Leaving Certificate Examination, 1915
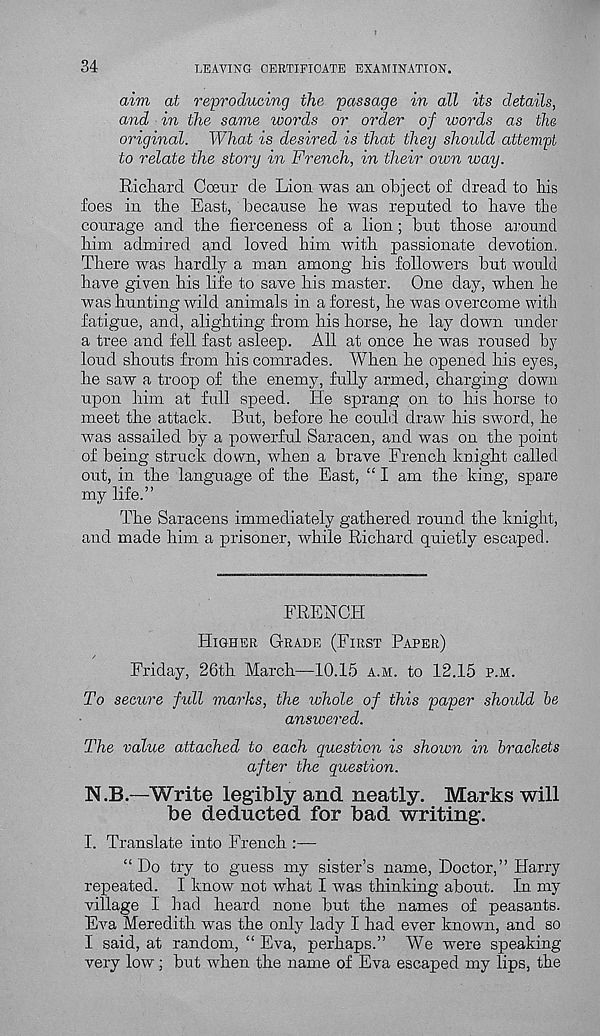
34
LEAVING CERTIFICATE EXAMINATION.
aim at reproducing the passage in all its details,
and in the same words or order of words as the
original. What is desired is that they should attempt
to relate the story in French, in their own way.
Richard Coenr de Lion was an object of dread to his
foes in the East, because he was reputed to have the
courage and the fierceness of a lion; but those around
him admired and loved him with passionate devotion.
There was hardly a man among his followers but would
have given his life to save his master. One day, when he
was hunting wild animals in a forest, he was overcome with
fatigue, and, alighting from his horse, he lay down under
a tree and fell fast asleep. All at once he was roused bj 7
loud shouts from his comrades. When he opened his eyes,
he saw a troop of the enemy, fully armed, charging down
upon him at full speed. He sprang on to his horse to
meet the attack. But, before he could draw his sword, he
was assailed by a powerful Saracen, and was on the point
of being struck down, when a brave French knight called
out, in the language of the East, “ I am the king, spare
my life.”
The Saracens immediately gathered round the knight,
and made him a prisoner, while Richard quietly escaped.
FRENCH
Higher Grade (First Paper)
Friday, 26th March—10.15 a.m. to 12.15 p.m.
To secure full marks, the whole of this paper should he
answered.
The value attached to each question is shown in brackets
after the question.
N.B.—Write legibly and neatly. Marks will
be deducted for bad writing.
I. Translate into French :—
“Do try to guess my sister’s name, Doctor,” Harry
repeated. I know not what I was thinking about. In my
village I had heard none but the names of peasants.
Eva Meredith was the only lady I had ever known, and so
I said, at random, “ Eva, perhaps.” We were speaking
very low; but when the name of Eva escaped my lips, the